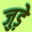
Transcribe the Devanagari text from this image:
जुड़े़